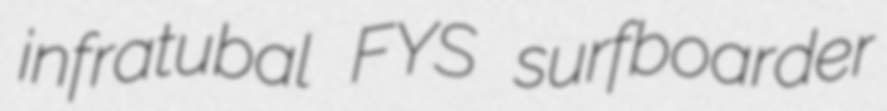
infratubal FYS surfboarder